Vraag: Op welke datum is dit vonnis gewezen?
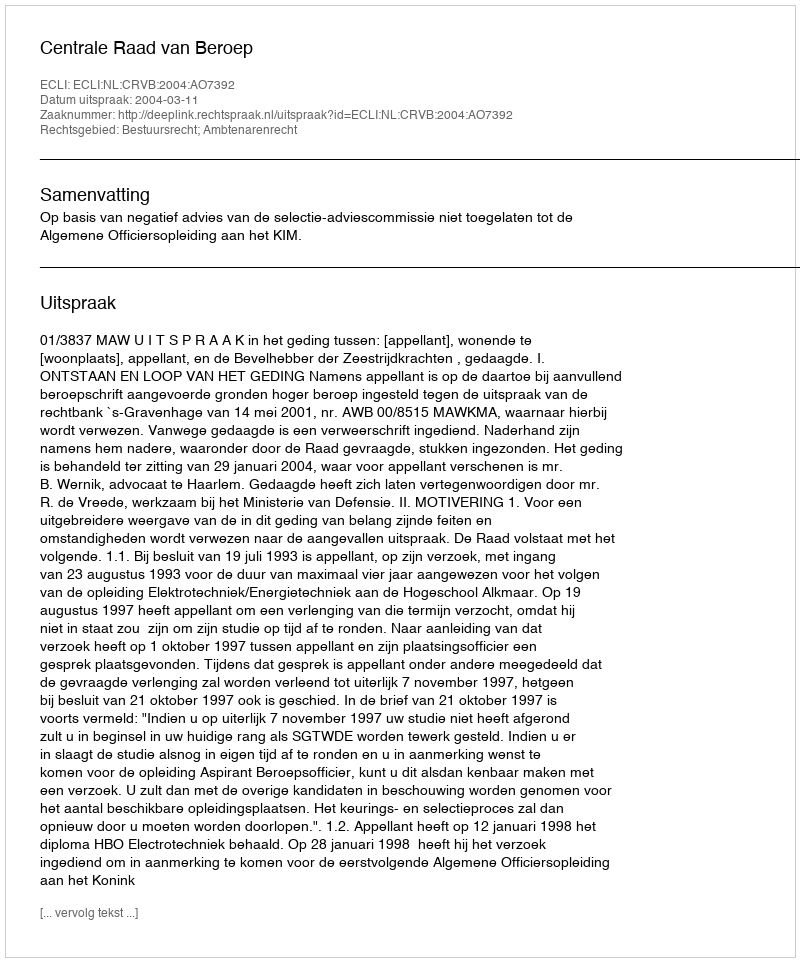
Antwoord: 2004-03-11